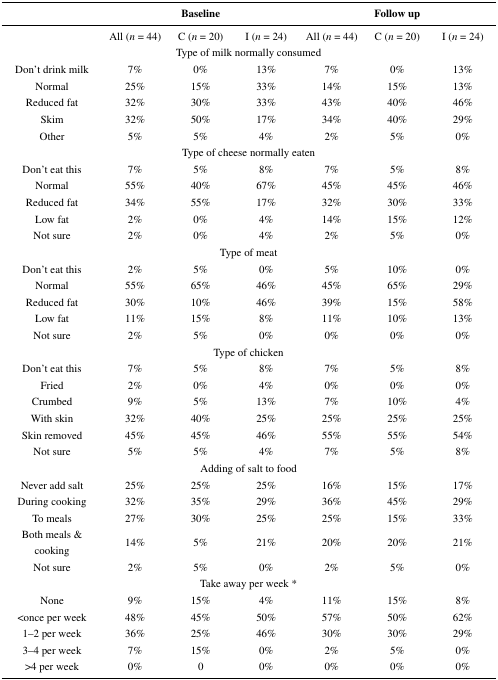
<table><thead><tr><td></td><td colspan="3"><b>Baseline</b></td><td colspan="3"><b>Follow up</b></td></tr></thead><tbody><tr><td></td><td>All (<i>n</i> = 44)</td><td>C (<i>n</i> = 20)</td><td>I (<i>n</i> = 24)</td><td>All (<i>n</i> = 44)</td><td>C (<i>n</i> = 20)</td><td>I (<i>n</i> = 24)</td></tr><tr><td colspan="7">Type of milk normally consumed</td></tr><tr><td>Don’t drink milk</td><td>7%</td><td>0%</td><td>13%</td><td>7%</td><td>0%</td><td>13%</td></tr><tr><td>Normal</td><td>25%</td><td>15%</td><td>33%</td><td>14%</td><td>15%</td><td>13%</td></tr><tr><td>Reduced fat</td><td>32%</td><td>30%</td><td>33%</td><td>43%</td><td>40%</td><td>46%</td></tr><tr><td>Skim</td><td>32%</td><td>50%</td><td>17%</td><td>34%</td><td>40%</td><td>29%</td></tr><tr><td>Other</td><td>5%</td><td>5%</td><td>4%</td><td>2%</td><td>5%</td><td>0%</td></tr><tr><td colspan="7">Type of cheese normally eaten</td></tr><tr><td>Don’t eat this</td><td>7%</td><td>5%</td><td>8%</td><td>7%</td><td>5%</td><td>8%</td></tr><tr><td>Normal</td><td>55%</td><td>40%</td><td>67%</td><td>45%</td><td>45%</td><td>46%</td></tr><tr><td>Reduced fat</td><td>34%</td><td>55%</td><td>17%</td><td>32%</td><td>30%</td><td>33%</td></tr><tr><td>Low fat</td><td>2%</td><td>0%</td><td>4%</td><td>14%</td><td>15%</td><td>12%</td></tr><tr><td>Not sure</td><td>2%</td><td>0%</td><td>4%</td><td>2%</td><td>5%</td><td>0%</td></tr><tr><td colspan="7">Type of meat</td></tr><tr><td>Don’t eat this</td><td>2%</td><td>5%</td><td>0%</td><td>5%</td><td>10%</td><td>0%</td></tr><tr><td>Normal</td><td>55%</td><td>65%</td><td>46%</td><td>45%</td><td>65%</td><td>29%</td></tr><tr><td>Reduced fat</td><td>30%</td><td>10%</td><td>46%</td><td>39%</td><td>15%</td><td>58%</td></tr><tr><td>Low fat</td><td>11%</td><td>15%</td><td>8%</td><td>11%</td><td>10%</td><td>13%</td></tr><tr><td>Not sure</td><td>2%</td><td>5%</td><td>0%</td><td>0%</td><td>0%</td><td>0%</td></tr><tr><td colspan="7">Type of chicken</td></tr><tr><td>Don’t eat this</td><td>7%</td><td>5%</td><td>8%</td><td>7%</td><td>5%</td><td>8%</td></tr><tr><td>Fried</td><td>2%</td><td>0%</td><td>4%</td><td>0%</td><td>0%</td><td>0%</td></tr><tr><td>Crumbed</td><td>9%</td><td>5%</td><td>13%</td><td>7%</td><td>10%</td><td>4%</td></tr><tr><td>With skin</td><td>32%</td><td>40%</td><td>25%</td><td>25%</td><td>25%</td><td>25%</td></tr><tr><td>Skin removed</td><td>45%</td><td>45%</td><td>46%</td><td>55%</td><td>55%</td><td>54%</td></tr><tr><td>Not sure</td><td>5%</td><td>5%</td><td>4%</td><td>7%</td><td>5%</td><td>8%</td></tr><tr><td colspan="7">Adding of salt to food</td></tr><tr><td>Never add salt</td><td>25%</td><td>25%</td><td>25%</td><td>16%</td><td>15%</td><td>17%</td></tr><tr><td>During cooking</td><td>32%</td><td>35%</td><td>29%</td><td>36%</td><td>45%</td><td>29%</td></tr><tr><td>To meals</td><td>27%</td><td>30%</td><td>25%</td><td>25%</td><td>15%</td><td>33%</td></tr><tr><td>Both meals &amp; cooking</td><td>14%</td><td>5%</td><td>21%</td><td>20%</td><td>20%</td><td>21%</td></tr><tr><td>Not sure</td><td>2%</td><td>5%</td><td>0%</td><td>2%</td><td>5%</td><td>0%</td></tr><tr><td colspan="7">Take away per week *</td></tr><tr><td>None</td><td>9%</td><td>15%</td><td>4%</td><td>11%</td><td>15%</td><td>8%</td></tr><tr><td>&lt;once per week</td><td>48%</td><td>45%</td><td>50%</td><td>57%</td><td>50%</td><td>62%</td></tr><tr><td>1–2 per week</td><td>36%</td><td>25%</td><td>46%</td><td>30%</td><td>30%</td><td>29%</td></tr><tr><td>3–4 per week</td><td>7%</td><td>15%</td><td>0%</td><td>2%</td><td>5%</td><td>0%</td></tr><tr><td>&gt;4 per week</td><td>0%</td><td>0</td><td>0%</td><td>0%</td><td>0%</td><td>0%</td></tr></tbody></table>